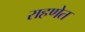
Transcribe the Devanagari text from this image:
राहणेत